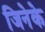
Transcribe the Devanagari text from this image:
जिनेके